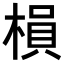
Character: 𣗼